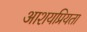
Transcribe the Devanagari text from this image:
आशयप्रियता